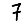
Digit: 7